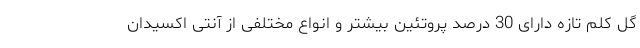
گل کلم تازه دارای 30 درصد پروتئین بیشتر و انواع مختلفی از آنتی اکسیدان